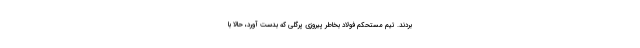
بردند. تیم مستحکم فولاد بخاطر پیروزی پرگلی که بدست آورد، حالا با